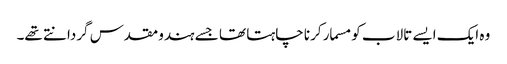
وہ ایک ایسے تالاب کو مسمار کرنا چاہتا تھا جسے ہندو مقدس گردانتے تھے۔